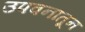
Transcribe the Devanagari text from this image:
उपवनातून